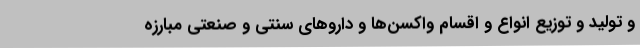
و تولید و توزیع انواع و اقسام واکسن‌ها و داروهای سنتی و صنعتی مبارزه